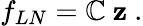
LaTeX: f_{LN}=\mathbb{C}~\mathbf{z}\ .